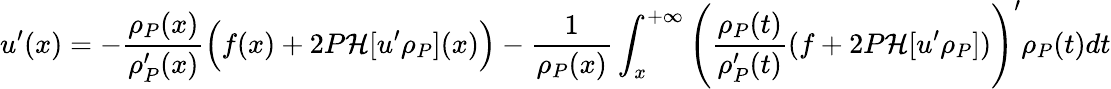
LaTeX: u^{\prime}(x)=-\frac{\rho_{P}(x)}{\rho_{P}^{\prime}(x)}\Big(f(x)+2P\mathcal{H}[u^{\prime}\rho_{P}](x)\Big)-\frac{1}{\rho_{P}(x)}\int_{x}^{+\infty}\Bigg(\frac{\rho_{P}(t)}{\rho_{P}^{\prime}(t)}(f+2P\mathcal{H}[u^{\prime}\rho_{P}])\Bigg)^{\prime}\rho_{P}(t)dt